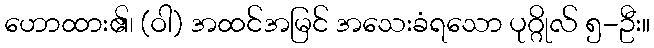
ဟောထား၏၊ (ဝါ) အထင်အမြင် အသေးခံရသော ပုဂ္ဂိုလ် ၅-ဦး။